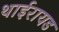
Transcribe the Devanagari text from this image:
थाईरायड